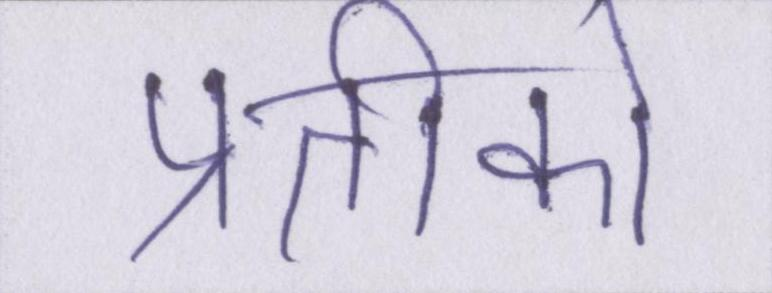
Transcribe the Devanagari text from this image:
प्रतीकों